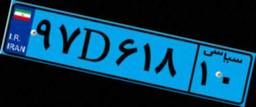
۳۱D۷۵۹۲۴